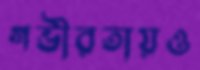
গভীরতায়ও